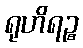
ရုဟိရဉ္စ